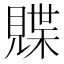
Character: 𫌣